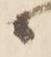
候